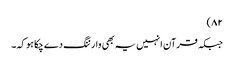
۸۲)
جبکہ قرآن انہیں یہ بھی وارننگ دے چکا ہو کہ۔